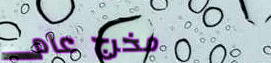
مخرج عام